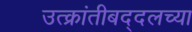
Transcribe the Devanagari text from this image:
उत्क्रांतीबद्दलच्या